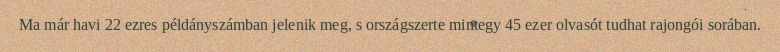
Ma már havi 22 ezres példányszámban jelenik meg, s országszerte mintegy 45 ezer olvasót tudhat rajongói sorában.